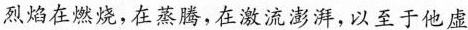
烈焰在燃烧，在蒸腾，在激流澎湃，以至于他虚